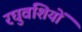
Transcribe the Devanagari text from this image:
रघुवंशियों